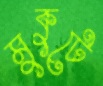
মুকুটে